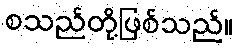
စသည်တို့ဖြစ်သည်။